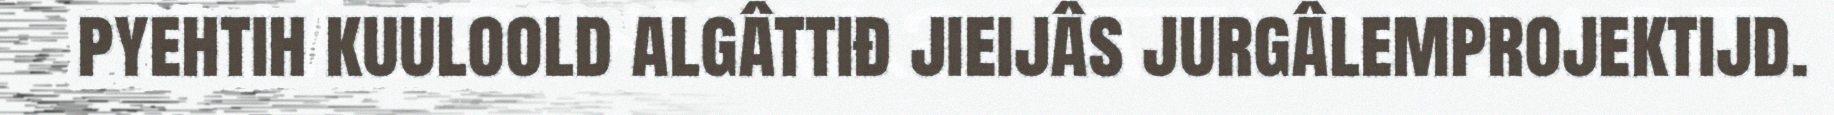
pyehtih kuuloold algâttiđ jieijâs jurgâlemprojektijd.